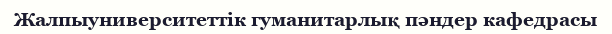
Жалпыуниверситеттік гуманитарлық пәндер кафедрасы